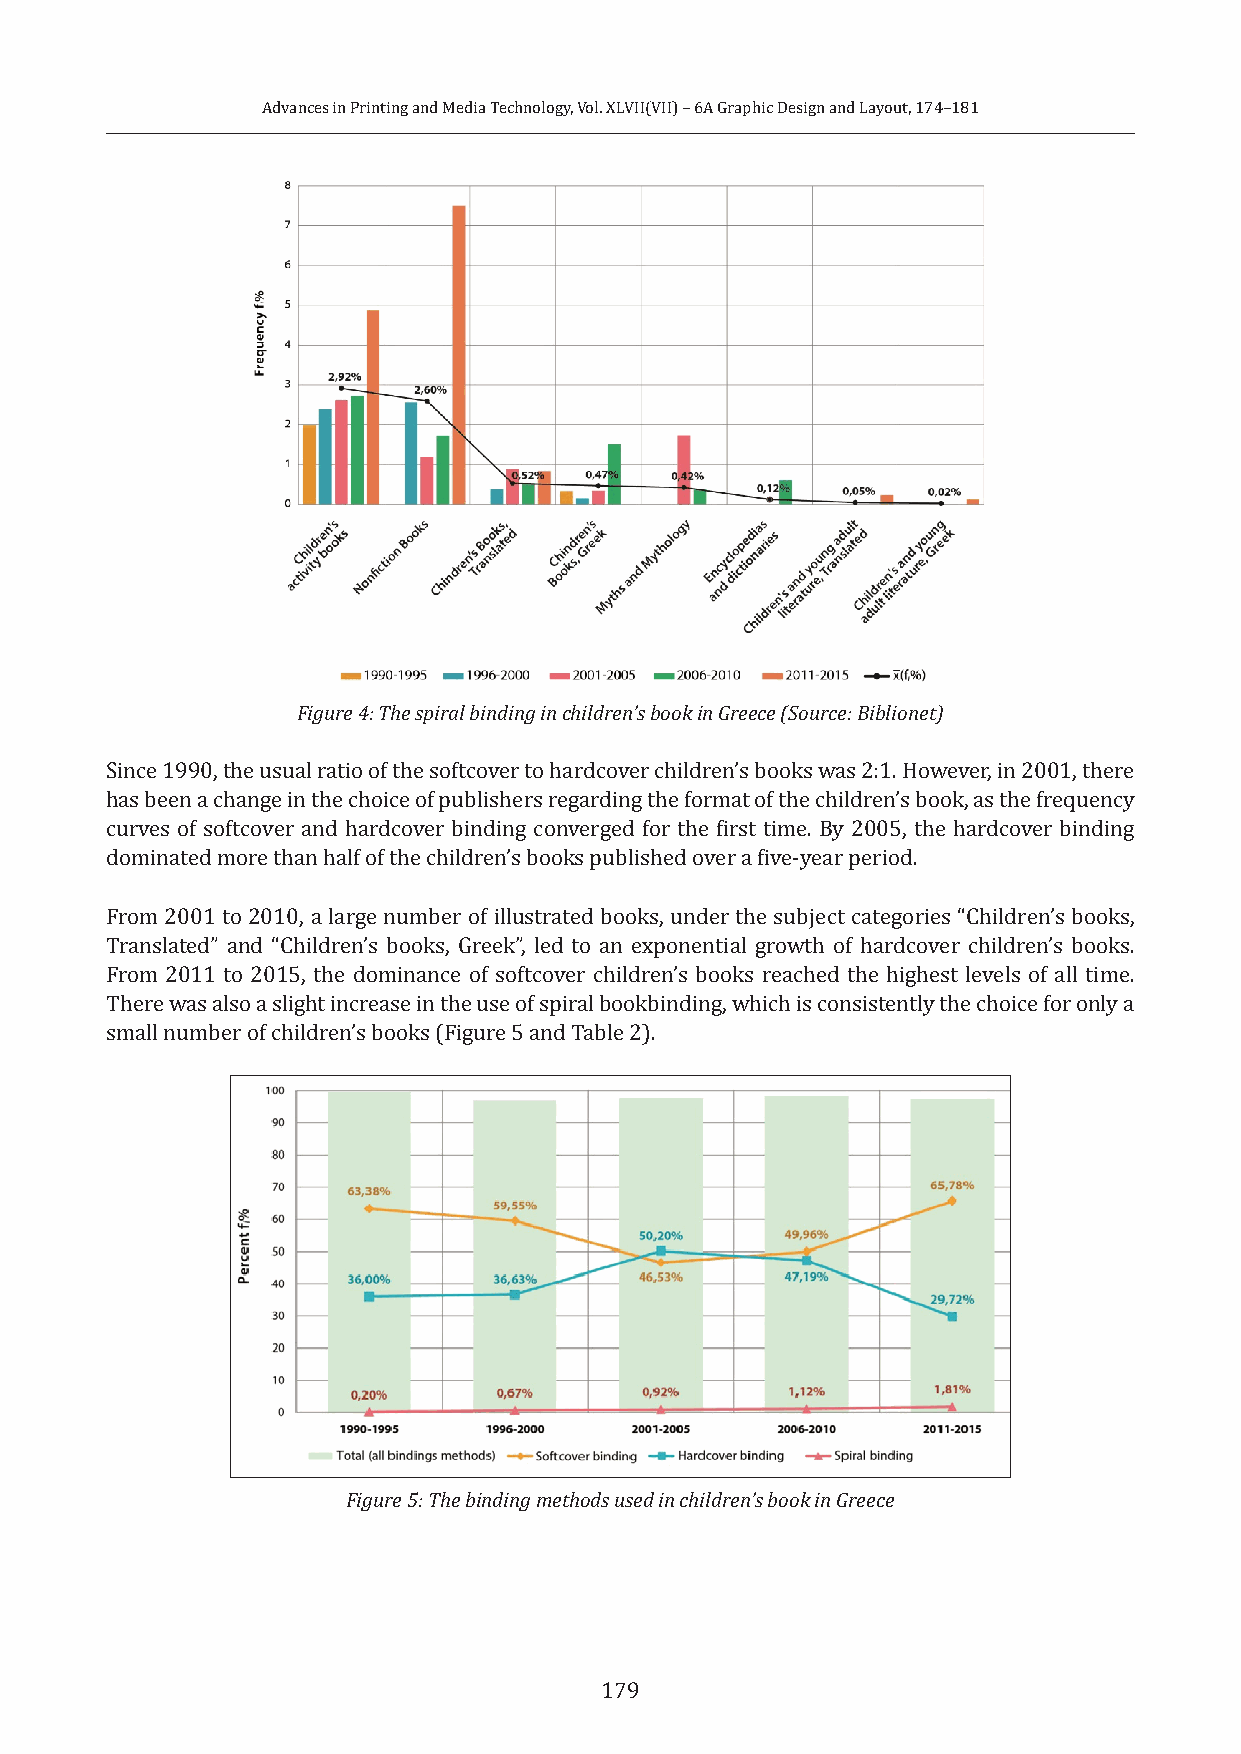
Advances in Printing and Media Technology, Vol. XLVII(VII) – 6A Graphic Design and Layout, 174–181
 Figure 4: The spiral binding in children’s book in Greece (Source: Biblionet)
 Since 1990, the usual ratio of the softcover to hardcover children’s books was 2:1. However, in 2001, there
 has been a change in the choice of publishers regarding the format of the children’s book, as the frequency
 curves of softcover and hardcover binding converged for the first time. By 2005, the hardcover binding
 dominated more than half of the children’s books published over a five-year period.
 From 2001 to 2010, a large number of illustrated books, under the subject categories “Children’s books,
 Translated” and “Children’s books, Greek”, led to an exponential growth of hardcover children’s books.
 From 2011 to 2015, the dominance of softcover children’s books reached the highest levels of all time.
 There was also a slight increase in the use of spiral bookbinding, which is consistently the choice for only a
 small number of children’s books (Figure 5 and Table 2).
 Figure 5: The binding methods used in children’s book in Greece
 179